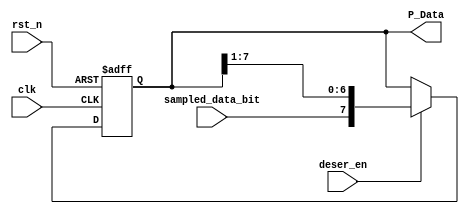
module DeSerializer #( parameter width = 8)(
	input                  clk,
	input                  rst_n,
	input                  sampled_data_bit,
	input                  deser_en,
	output reg [width-1:0] P_Data
);
	
	 
	
	always @(posedge clk or negedge rst_n) begin
	if (~rst_n) begin
	    P_Data <= 0;
	end
	else if (deser_en) begin
	        P_Data <= {sampled_data_bit, P_Data[width-1:1]};
	    end
	    
	end
	
	
endmodule